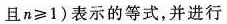
且n≥1)表示的等式，并进行